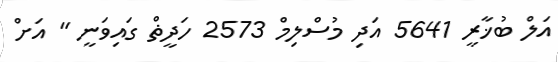
އަލް ބުޚާރީ 5641 އަދި މުސްލިމް 2573 ހަދީޡް ގައިވަނީ " އަށް